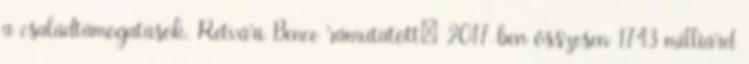
a családtámogatások. Rétvári Bence rámutatott: 2017-ben összesen 1743 milliárd